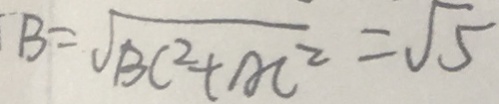
B = \sqrt { B C ^ { 2 } + A C ^ { 2 } } = \sqrt { 5 }